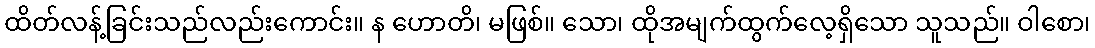
ထိတ်လန့်ခြင်းသည်လည်းကောင်း။ န ဟောတိ၊ မဖြစ်။ သော၊ ထိုအမျက်ထွက်လေ့ရှိသော သူသည်။ ဝါစော၊